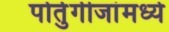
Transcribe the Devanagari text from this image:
पोर्तुगीजांमध्ये